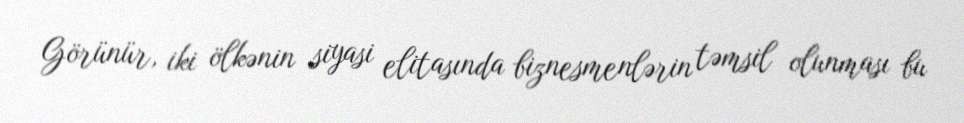
Görünür, iki ölkənin siyasi elitasında biznesmenlərin təmsil olunması bu